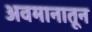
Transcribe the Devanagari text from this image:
अवमानातून